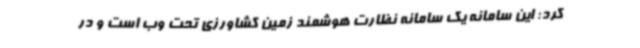
کرد: این سامانه یک سامانه نظارت هوشمند زمین کشاورزی تحت وب است و در